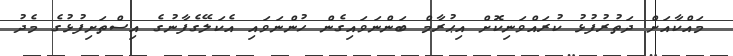
މައްކާއަށް ދަތުރުފުޅު ކުރައްވަނިކޮށް އިޙުރާމް ބަންނަވައިގެން ހުންނަވައި އެކަލޭގެފާނުގެ އިސްތަށިފުޅުގެ މެދު